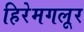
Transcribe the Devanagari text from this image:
हिरेमगलूर